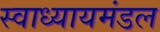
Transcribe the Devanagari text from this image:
स्वाध्यायमंडल